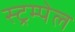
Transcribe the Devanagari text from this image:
स्ट्रम्पेल